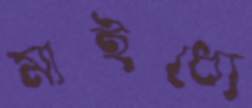
মাইধ্যে